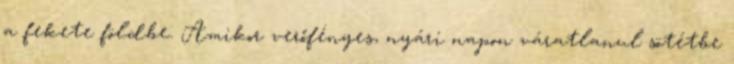
a fekete földbe. Amikor verőfényes, nyári napon váratlanul sötétbe